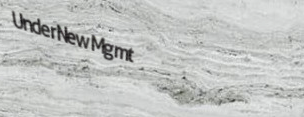
UnderNewMgmt